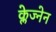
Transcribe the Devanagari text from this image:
क्लेज्नेन